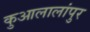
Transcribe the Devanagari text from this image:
कुआलालांपुर